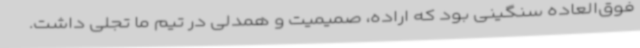
فوق‌العاده سنگینی بود که اراده، صمیمیت و همدلی در تیم ما تجلی داشت.